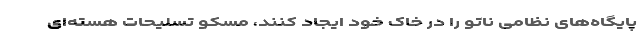
پایگاه‌های نظامی ناتو را در خاک خود ایجاد کنند، مسکو تسلیحات هسته‌ای